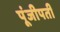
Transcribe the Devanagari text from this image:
पूंजीपती